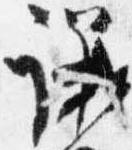
議